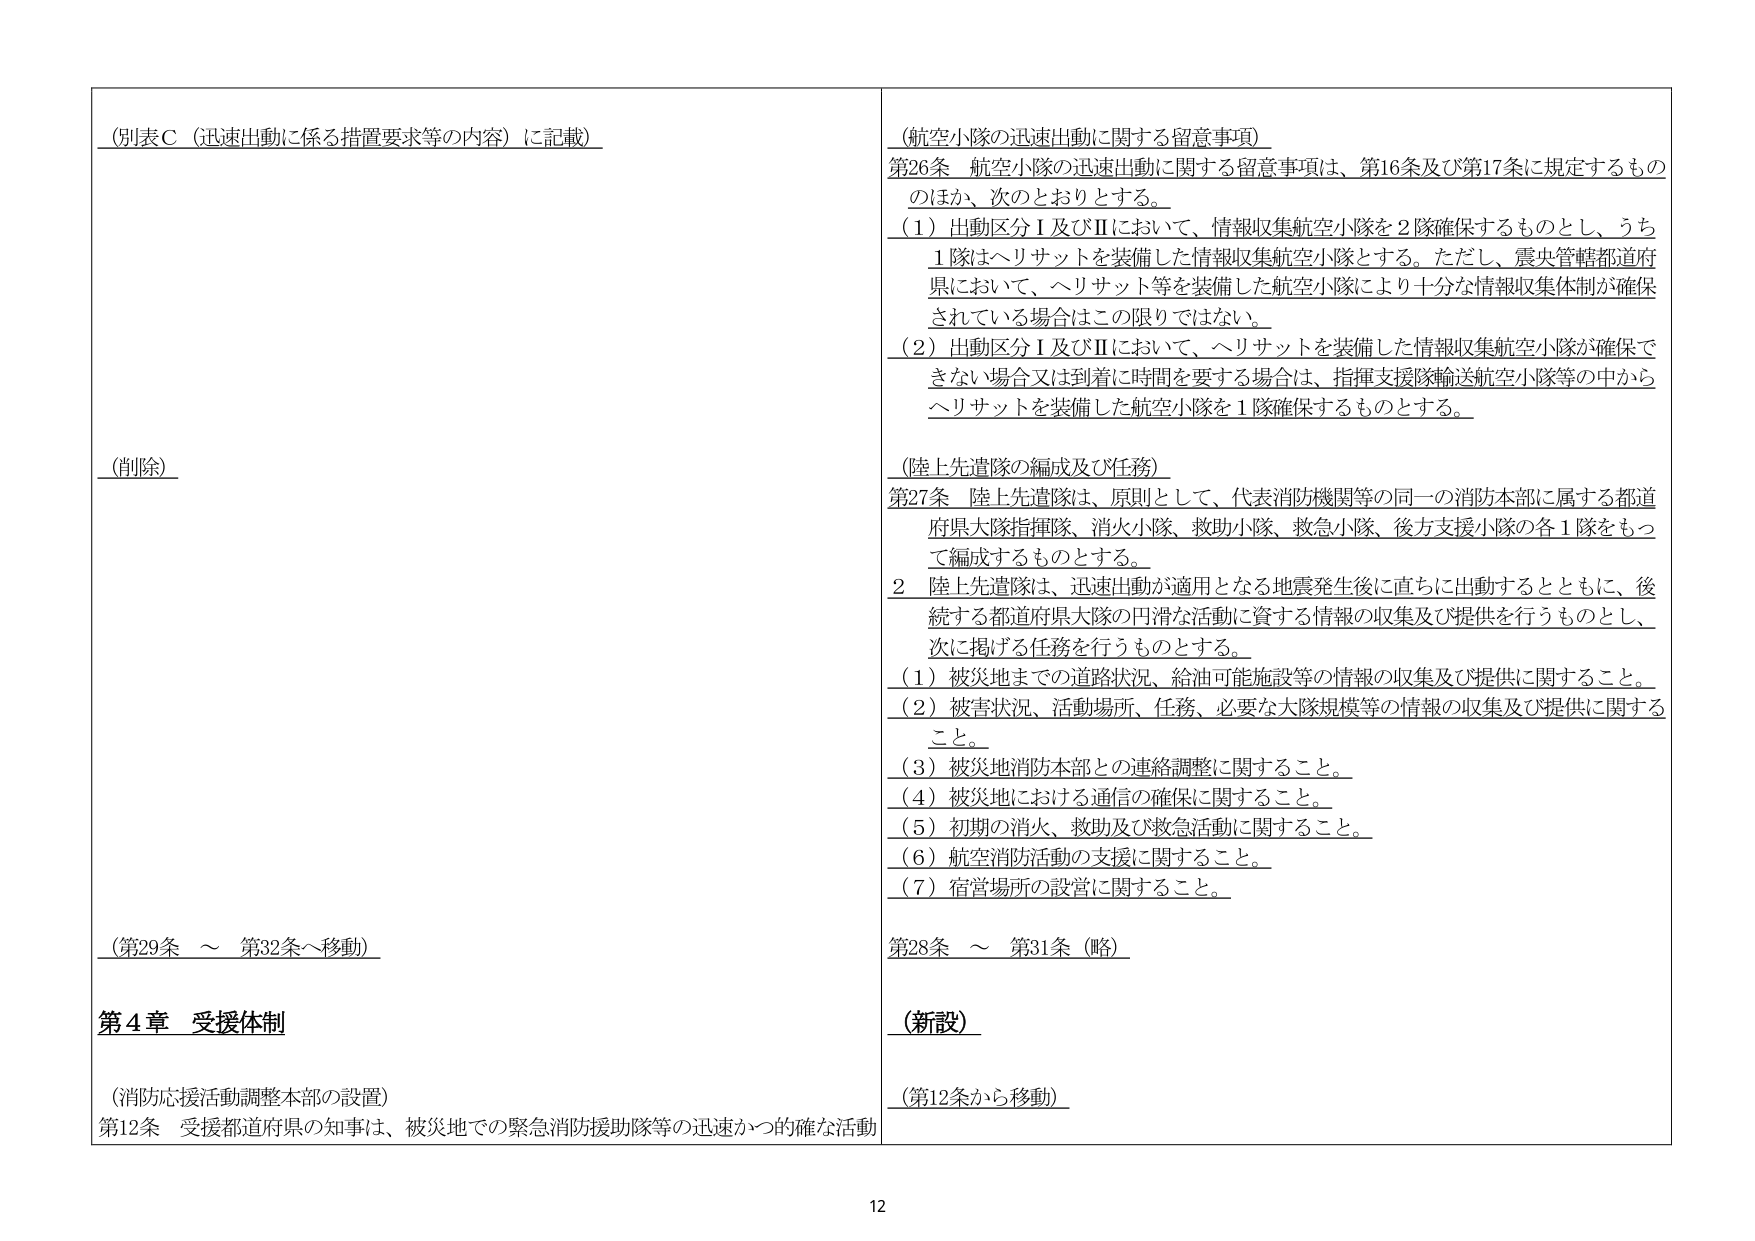
（別表Ｃ（迅速出動に係る措置要求等の内容）に記載）

（削除）

（第29条 ～ 第32条へ移動）

第４章 受援体制

（消防応援活動調整本部の設置）
第12条 受援都道府県の知事は、被災地での緊急消防援助隊等の迅速かつ的確な活動

（航空小隊の迅速出動に関する留意事項）
第26条 航空小隊の迅速出動に関する留意事項は、第16条及び第17条に規定するもののほか、次のとおりとする。
（1）出動区分Ⅰ及びⅡにおいて、情報収集航空小隊を2隊確保するものとし、うち1隊はヘリサットを装備した情報収集航空小隊とする。ただし、震央管轄都道府県において、ヘリサット等を装備した航空小隊により十分な情報収集体制が確保されている場合はこの限りではない。
（2）出動区分Ⅰ及びⅡにおいて、ヘリサットを装備した情報収集航空小隊が確保できない場合又は到着に時間を要する場合は、指揮支援隊輸送航空小隊等の中からヘリサットを装備した航空小隊を1隊確保するものとする。

（陸上先遣隊の編成及び任務）
第27条 陸上先遣隊は、原則として、代表消防機関等の同一の消防本部に属する都道府県大隊指揮隊、消火小隊、救助小隊、救急小隊、後方支援小隊の各1隊をもって編成するものとする。
2 陸上先遣隊は、迅速出動が適用となる地震発生後に直ちに出動するとともに、後続する都道府県大隊の円滑な活動に資する情報の収集及び提供を行うものとし、次に掲げる任務を行うものとする。
（1）被災地までの道路状況、給油可能施設等の情報の収集及び提供に関すること。
（2）被害状況、活動場所、任務、必要な大隊規模等の情報の収集及び提供に関すること。
（3）被災地消防本部との連絡調整に関すること。
（4）被災地における通信の確保に関すること。
（5）初期の消火、救助及び救急活動に関すること。
（6）航空消防活動の支援に関すること。
（7）宿営場所の設営に関すること。

第28条 ～ 第31条（略）

（新設）

（第12条から移動）

12